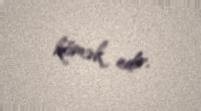
kömək edir.